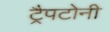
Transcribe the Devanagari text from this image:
ट्रैपटोनी